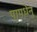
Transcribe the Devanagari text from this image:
पापधेनु